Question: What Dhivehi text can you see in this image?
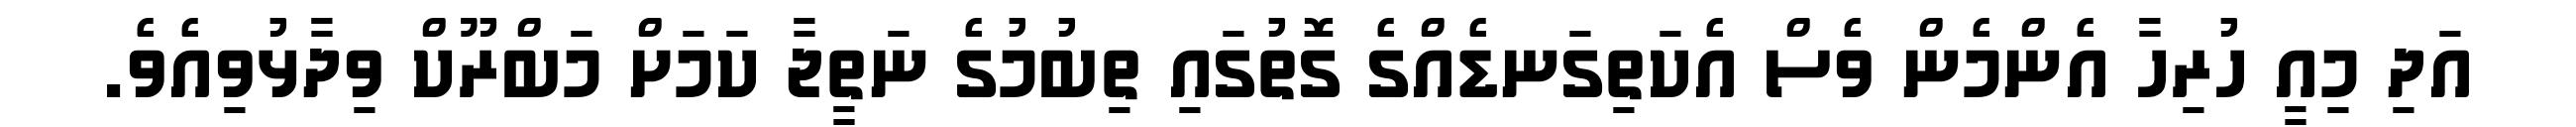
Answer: އަދި މިއީ ހުރިހާ އެންމެން ވެސް އެކަތިގަނޑެއްގެ ގޮތުގައި ތިބުމުގެ ނަތީޖާ ކަމަށް މަބްރޫކް ވިދާޅުވިއެވެ.